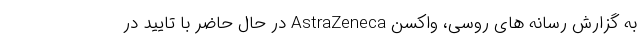
به گزارش رسانه های روسی، واکسن AstraZeneca در حال حاضر با تایید در